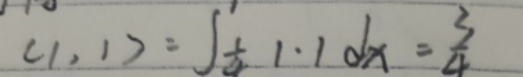
\[
\langle 1,1\rangle=\int_{\frac{1}{2}}^{1}1\cdot1\mathrm{d}x=\frac{1}{2}
\]